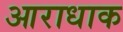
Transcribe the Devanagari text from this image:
आराधाक